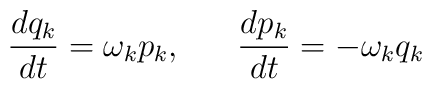
\frac {dq_{k}}{dt}=\omega _{k}p_{k},~~~~~\frac {dp_{k}}{dt}=-\omega _{k}q_{k}